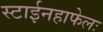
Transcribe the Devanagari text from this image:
स्टाईनहाफेलः